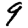
Digit: 9